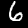
Digit: 6